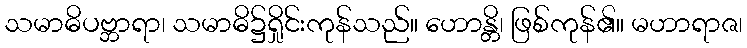
သမာဓိပဗ္ဘာရာ၊ သမာဓိ၌ရှိုင်းကုန်သည်။ ဟောန္တိ၊ ဖြစ်ကုန်၏။ မဟာရာဇ၊